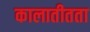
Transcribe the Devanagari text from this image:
कालातीतता